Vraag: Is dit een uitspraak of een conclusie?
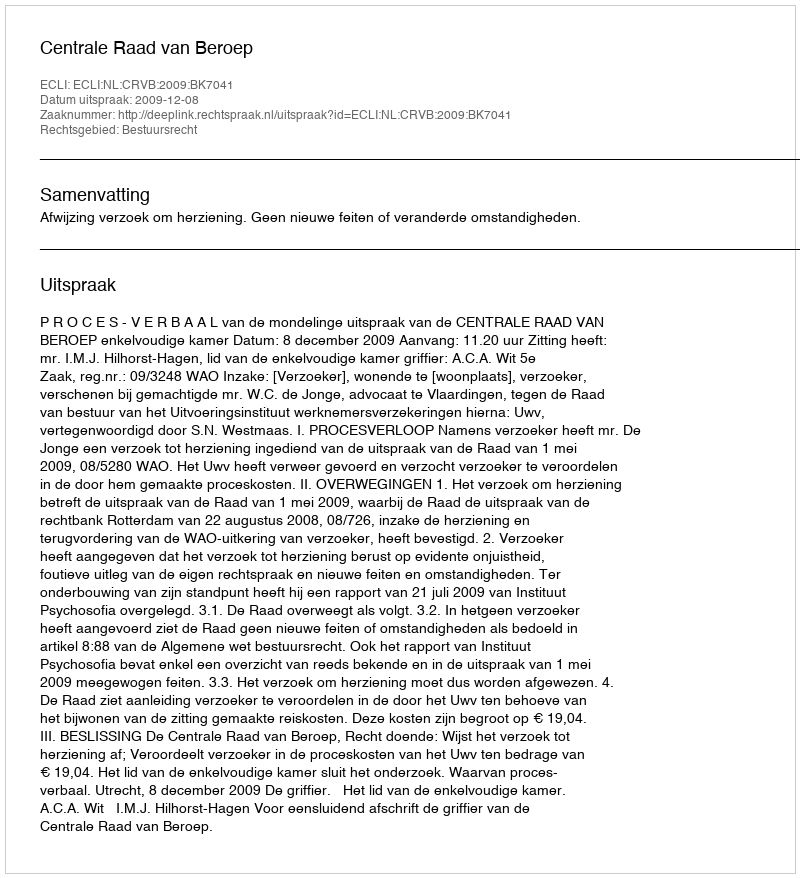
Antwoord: Uitspraak